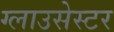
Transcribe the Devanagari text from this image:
ग्लाउसेस्टर